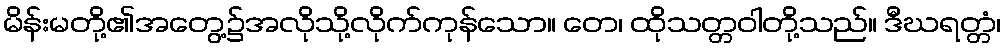
မိန်းမတို့၏အတွေ့၌အလိုသို့လိုက်ကုန်သော။ တေ၊ ထိုသတ္တဝါတို့သည်။ ဒီဃရတ္တံ၊